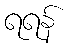
ရရန်